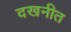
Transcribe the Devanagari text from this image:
दखनीत